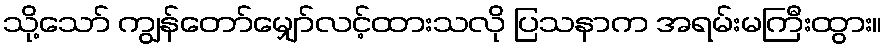
သို့သော် ကျွန်တော်မျှော်လင့်ထားသလို ပြသနာက အရမ်းမကြီးထွား။